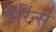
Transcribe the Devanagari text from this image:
डैरिन्स